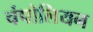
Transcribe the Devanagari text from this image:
चंपोलियन